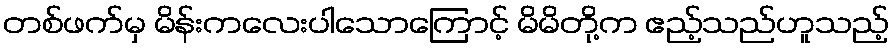
တစ်ဖက်မှ မိန်းကလေးပါသောကြောင့် မိမိတို့က ဧည့်သည်ဟူသည့်